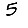
Digit: 5